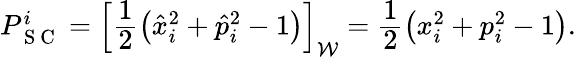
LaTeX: \begin{array}{r}{P_{\mathrm{~S~C~}}^{i}=\left[\cfrac{1}{2}\left(\hat{x}_{i}^{2}+\hat{p}_{i}^{2}-1\right)\right]_{\mathcal{W}}=\cfrac{1}{2}\left(x_{i}^{2}+p_{i}^{2}-1\right).}\end{array}